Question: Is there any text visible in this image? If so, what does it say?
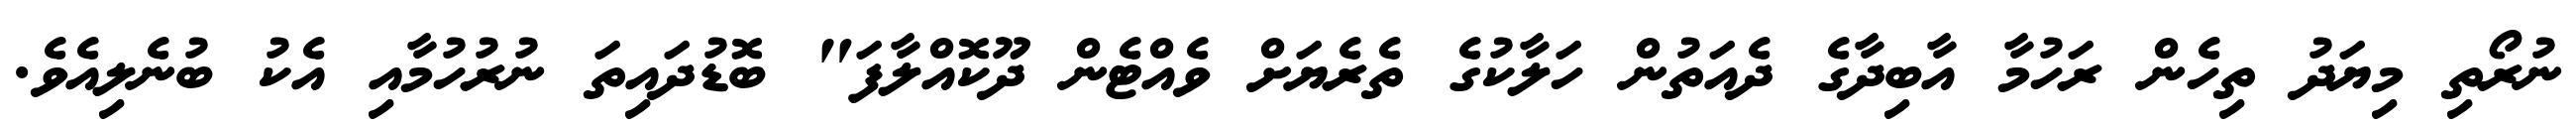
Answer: ނުރޯތި މިޔަދު ތިހެން ރަހުމާ އާބިދާގެ ދެއަތުން ހަލާކުގެ ތެރެޔަށް ވެއްޓެން ދޫކޮއްލާފަ" ބޮޑުދައިތަ ނުރުހުމާއި އެކު ބުނެލިއެވެ.